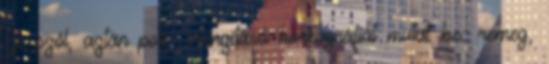
-je szól, aztán poli- intenzitású koreográfiát mutat be: remeg,